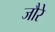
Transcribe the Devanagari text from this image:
जौरे